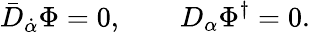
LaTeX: \bar{D}_{\dot{\alpha}}\Phi=0,\qquad D_{\alpha}\Phi^{\dagger}=0.